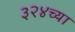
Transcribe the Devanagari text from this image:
३२४च्या